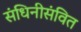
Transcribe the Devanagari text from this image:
संधिनीसंवित